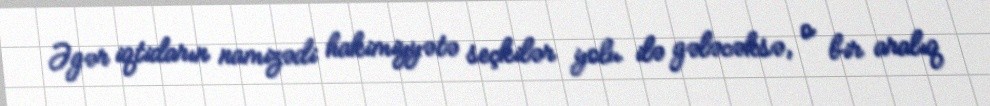
Əgər iqtidarın namizədi hakimiyyətə seçkilər yolu ilə gələcəksə, o bir aralıq